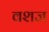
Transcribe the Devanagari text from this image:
वशज